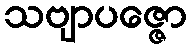
သဗျာပဇ္ဇော